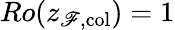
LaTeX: Ro(z_{\mathscr{F},\textrm{{col}}})=1